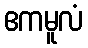
ဧကမူလံ